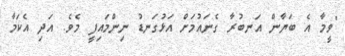
"ވީމާ އެ ބަޔާން އަނބުރާ ގެނައުމަށް އަޅުގަނޑު ނިންމައިފީ މެވެ. އަދި އެކަމާ